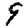
Digit: 9